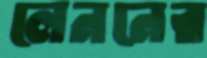
লেননের